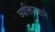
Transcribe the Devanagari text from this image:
व्यक्तित्वाने